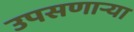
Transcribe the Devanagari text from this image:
उपसणाऱ्या